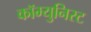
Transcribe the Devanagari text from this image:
कॉम्युनिस्ट